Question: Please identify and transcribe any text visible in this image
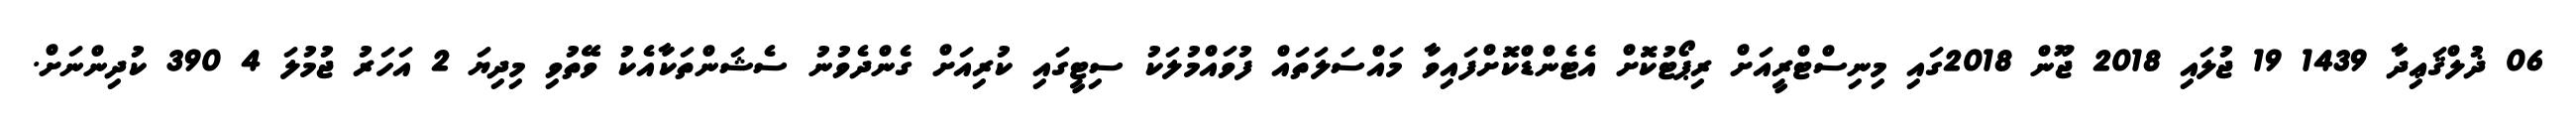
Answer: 06 ޛުލްޤަޢިދާ 1439 19 ޖުލައި 2018 ޖޫން 2018ގައި މިނިސްޓްރީއަށް ރިޕޯޓުކޮށް އެޓެންޑްކޮށްފައިވާ މައްސަލަތައް ފުވައްމުލަކު ސިޓީގައި ކުރިއަށް ގެންދެވުނު ސެޝަންތަކާއެކު ވޭތުވި މިދިޔަ 2 އަހަރު ޖުމުލަ 4 390 ކުދިންނަށް.